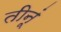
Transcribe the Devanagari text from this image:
तीनूं